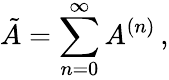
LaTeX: \tilde{A}=\sum_{n=0}^{\infty}A^{(n)}\, ,